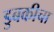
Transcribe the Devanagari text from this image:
डुबकीचा